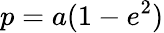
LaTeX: p=a(1-e^{2})